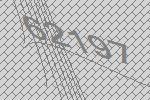
62197